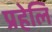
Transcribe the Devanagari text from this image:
प्रहेलि